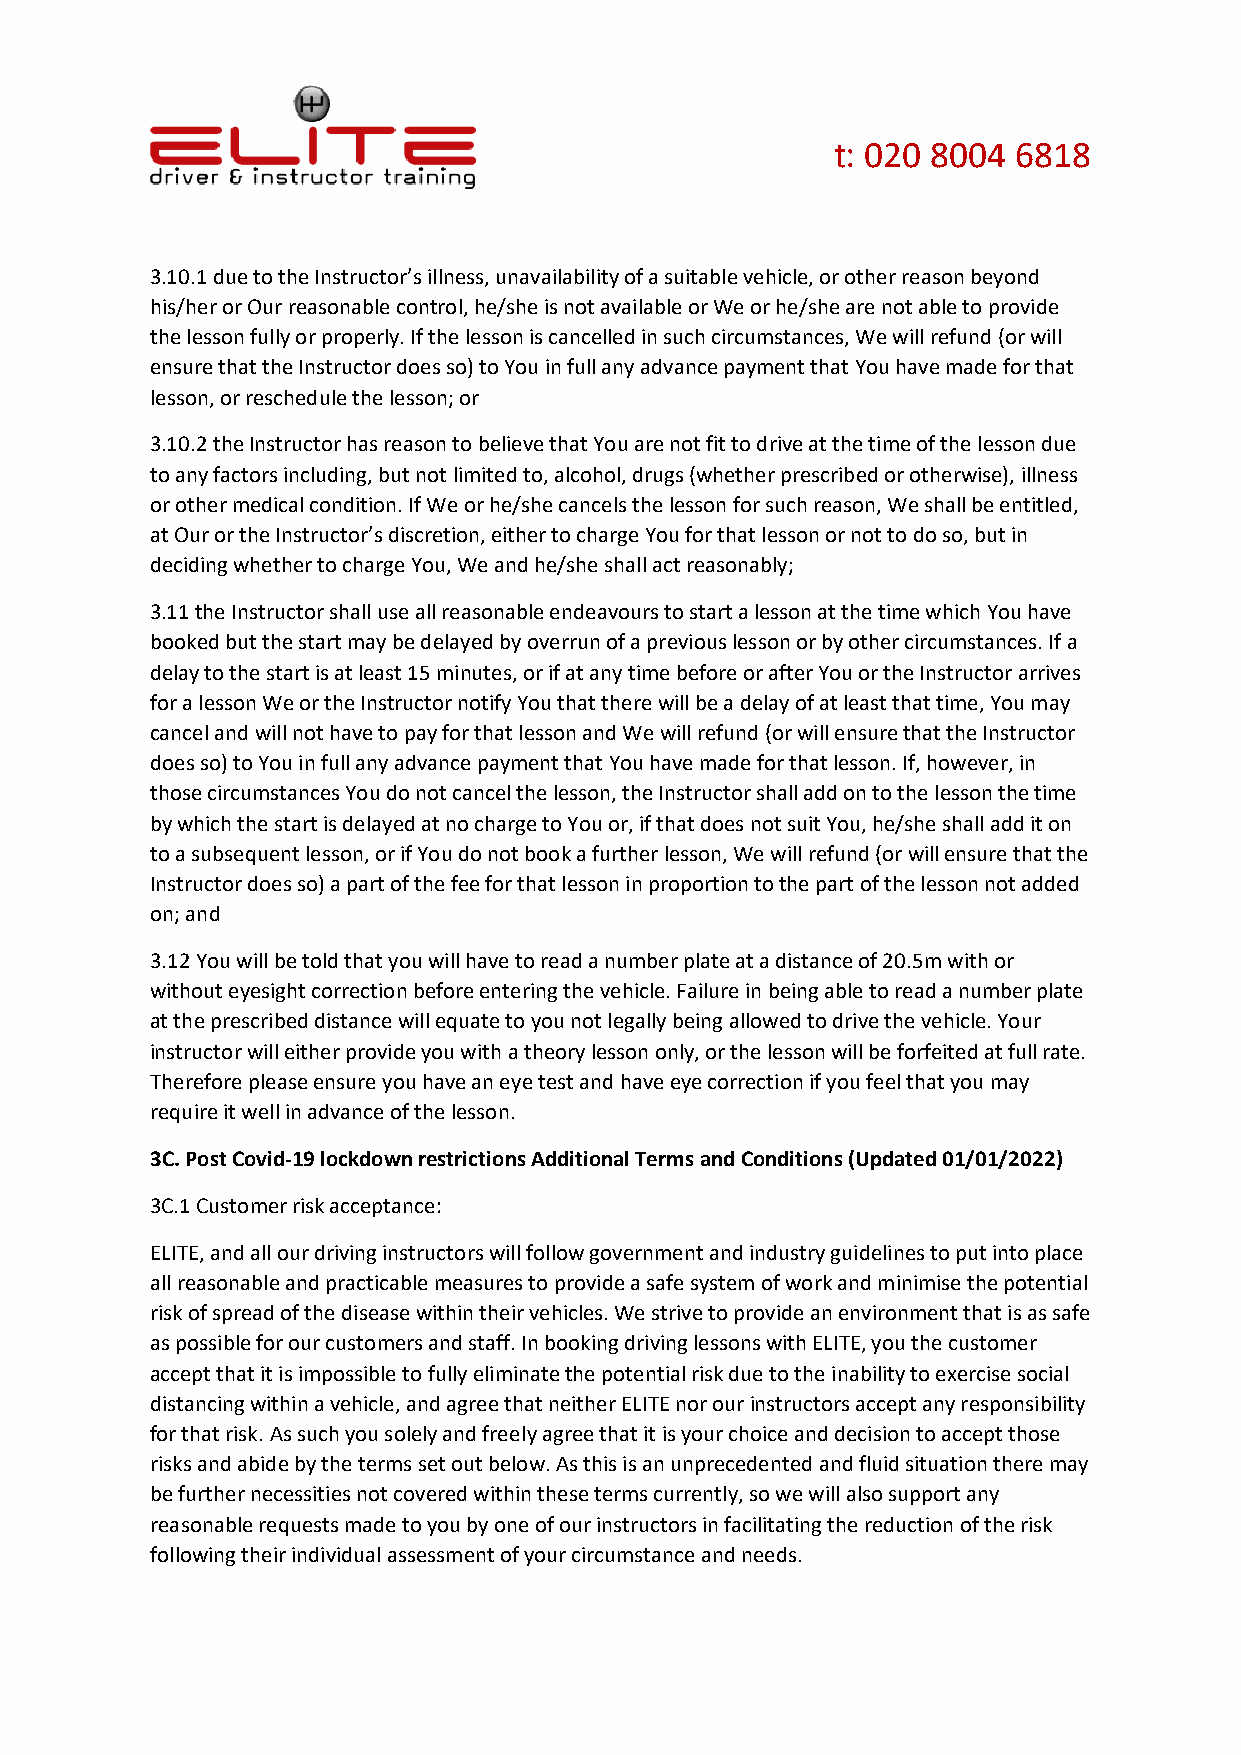
t: 020 8004 6818
 3.10.1 due to the Instructor’s illness, unavailability of a suitable vehicle, or other reason beyond
 his/her or Our reasonable control, he/she is not available or We or he/she are not able to provide
 the lesson fully or properly. If the lesson is cancelled in such circumstances, We will refund (or will
 ensure that the Instructor does so) to You in full any advance payment that You have made for that
 lesson, or reschedule the lesson; or
 3.10.2 the Instructor has reason to believe that You are not fit to drive at the time of the lesson due
 to any factors including, but not limited to, alcohol, drugs (whether prescribed or otherwise), illness
 or other medical condition. If We or he/she cancels the lesson for such reason, We shall be entitled,
 at Our or the Instructor’s discretion, either to charge You for that lesson or not to do so, but in
 deciding whether to charge You, We and he/she shall act reasonably;
 3.11 the Instructor shall use all reasonable endeavours to start a lesson at the time which You have
 booked but the start may be delayed by overrun of a previous lesson or by other circumstances. If a
 delay to the start is at least 15 minutes, or if at any time before or after You or the Instructor arrives
 for a lesson We or the Instructor notify You that there will be a delay of at least that time, You may
 cancel and will not have to pay for that lesson and We will refund (or will ensure that the Instructor
 does so) to You in full any advance payment that You have made for that lesson. If, however, in
 those circumstances You do not cancel the lesson, the Instructor shall add on to the lesson the time
 by which the start is delayed at no charge to You or, if that does not suit You, he/she shall add it on
 to a subsequent lesson, or if You do not book a further lesson, We will refund (or will ensure that the
 Instructor does so) a part of the fee for that lesson in proportion to the part of the lesson not added
 on; and
 3.12 You will be told that you will have to read a number plate at a distance of 20.5m with or
 without eyesight correction before entering the vehicle. Failure in being able to read a number plate
 at the prescribed distance will equate to you not legally being allowed to drive the vehicle. Your
 instructor will either provide you with a theory lesson only, or the lesson will be forfeited at full rate.
 Therefore please ensure you have an eye test and have eye correction if you feel that you may
 require it well in advance of the lesson.
 3C. Post Covid-19 lockdown restrictions Additional Terms and Conditions (Updated 01/01/2022)
 3C.1 Customer risk acceptance:
 ELITE, and all our driving instructors will follow government and industry guidelines to put into place
 all reasonable and practicable measures to provide a safe system of work and minimise the potential
 risk of spread of the disease within their vehicles. We strive to provide an environment that is as safe
 as possible for our customers and staff. In booking driving lessons with ELITE, you the customer
 accept that it is impossible to fully eliminate the potential risk due to the inability to exercise social
 distancing within a vehicle, and agree that neither ELITE nor our instructors accept any responsibility
 for that risk. As such you solely and freely agree that it is your choice and decision to accept those
 risks and abide by the terms set out below. As this is an unprecedented and fluid situation there may
 be further necessities not covered within these terms currently, so we will also support any
 reasonable requests made to you by one of our instructors in facilitating the reduction of the risk
 following their individual assessment of your circumstance and needs.